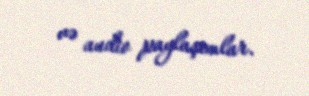
və audio paylaşımlar.